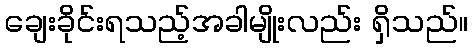
ချေးခိုင်းရသည့်အခါမျိုးလည်း ရှိသည်။